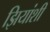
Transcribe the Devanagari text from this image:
झियांशी